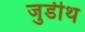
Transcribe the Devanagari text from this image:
जुडीथ